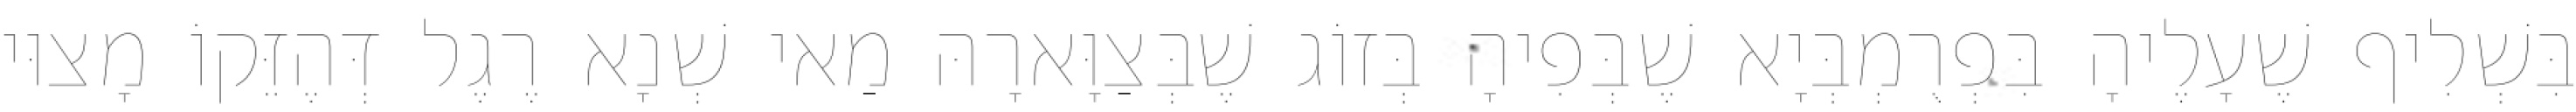
בִּשְׁלִיף שֶׁעָלֶיהָ בִּפְרֻמְבְּיָא שֶׁבְּפִיהָ בְּזוֹג שֶׁבְּצַוָּארָהּ מַאי שְׁנָא רֶגֶל דְּהֶזֵּקוֹ מָצוּי